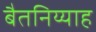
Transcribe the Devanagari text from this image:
बैतनिय्याह